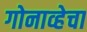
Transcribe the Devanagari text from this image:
गोनाव्हेचा